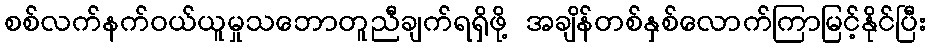
စစ်လက်နက်ဝယ်ယူမှုသဘောတူညီချက်ရရှိဖို့ အချိန်တစ်နှစ်လောက်ကြာမြင့်နိုင်ပြီး